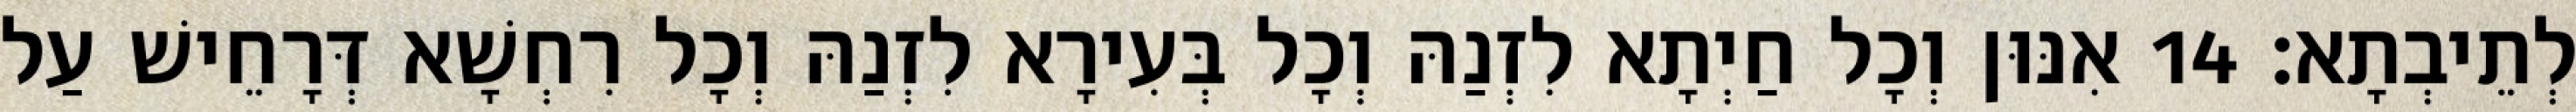
לְתֵיבְתָא׃ 14 אִנּוּן וְכָל חַיְתָא לִזְנַהּ וְכָל בְּעִירָא לִזְנַהּ וְכָל רִחְשָׁא דְּרָחֵישׁ עַל